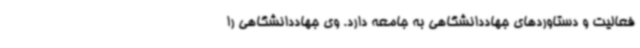
فعالیت‌ و دستاوردهای جهاددانشگاهی به جامعه دارد. وی جهاددانشگاهی را